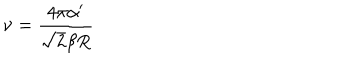
\nu = \frac { 4 \pi \alpha ^ { \prime } } { \sqrt { 2 } \beta R }